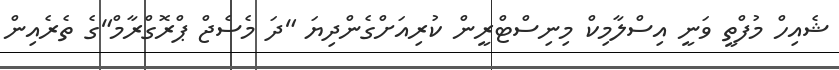
ޝެއިހް މުފްތީ ވަނީ އިސްލާމިކް މިނިސްޓްރީން ކުރިއަށްގެންދިޔަ "ދަ މެސެޖް ޕްރޮގްރާމް"ގެ ތެރެއިން